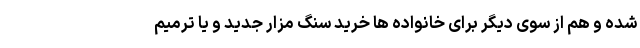
شده و هم از سوی دیگر برای خانواده ها خرید سنگ مزار جدید و یا ترمیم